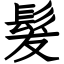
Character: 髮